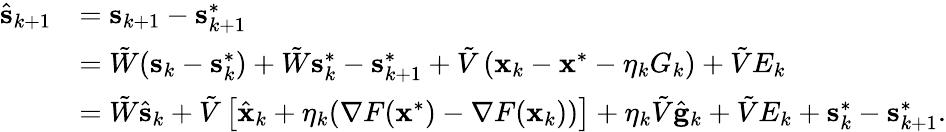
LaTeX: \begin{array}{rl}{\hat{\mathbf{s}}_{k+1}}&{=\mathbf{s}_{k+1}-\mathbf{s}_{k+1}^{*}}\\ &{=\tilde{W}(\mathbf{s}_{k}-\mathbf{s}_{k}^{*})+\tilde{W}\mathbf{s}_{k}^{*}-\mathbf{s}_{k+1}^{*}+\tilde{V}\left(\mathbf{x}_{k}-\mathbf{x}^{*}-\eta_{k}G_{k}\right)+\tilde{V}E_{k}}\\ &{=\tilde{W}\hat{\mathbf{s}}_{k}+\tilde{V}\left[\hat{\mathbf{x}}_{k}+\eta_{k}(\nabla F(\mathbf{x}^{*})-\nabla F(\mathbf{x}_{k}))\right]+\eta_{k}\tilde{V}\hat{\mathbf{g}}_{k}+\tilde{V}E_{k}+\mathbf{s}_{k}^{*}-\mathbf{s}_{k+1}^{*}.}\end{array}